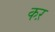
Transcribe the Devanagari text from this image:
कऱ